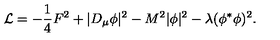
{ \cal L } = - { \frac { 1 } { 4 } } F ^ { 2 } + | D _ { \mu } \phi | ^ { 2 } - M ^ { 2 } | \phi | ^ { 2 } - \lambda ( \phi ^ { * } \phi ) ^ { 2 } .